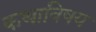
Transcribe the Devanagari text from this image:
कथाविषय